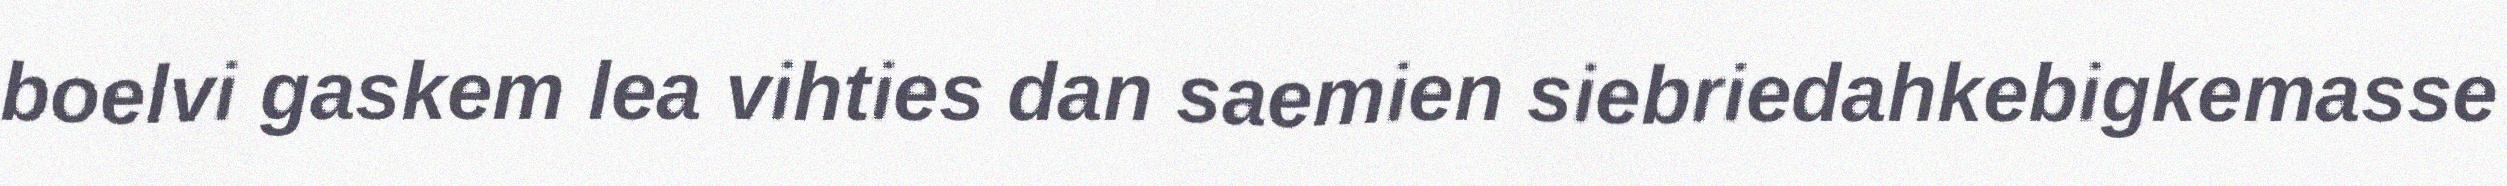
boelvi gaskem lea vihties dan saemien siebriedahkebigkemasse